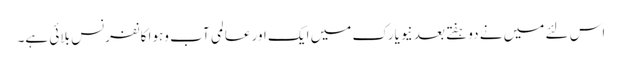
اس لئے میں نے دوہفتے بعد نیویارک میں ایک اور عالمی آب وہوا کانفرنس بلائی ہے۔